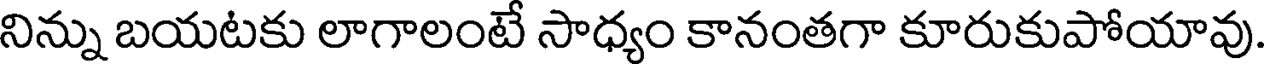
నిన్ను బయటకు లాగాలంటే సాధ్యం కానంతగా కూరుకుపోయావు